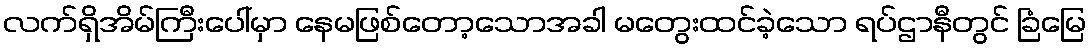
လက်ရှိအိမ်ကြီးပေါ်မှာ နေမဖြစ်တော့သောအခါ မတွေးထင်ခဲ့သော ရပ်ဌာနီတွင် ခြံမြေ